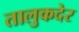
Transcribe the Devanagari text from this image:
तालुकदेर